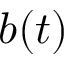
b ( t )